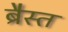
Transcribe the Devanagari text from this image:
ब्रैस्त